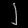
Digit: ၂